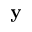
\bf { y }